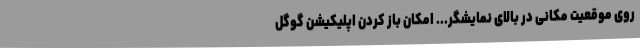
روی موقعیت مکانی در بالای نمایشگر... امکان باز کردن اپلیکیشن گوگل